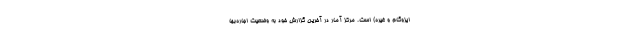
ایزوگام و غیره) است. مرکز آمار در آخرین گزارش خود به وضعیت اجاره‌بها